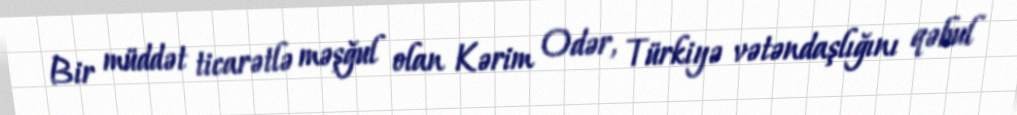
Bir müddət ticarətlə məşğul olan Kərim Odər, Türkiyə vətəndaşlığını qəbul